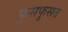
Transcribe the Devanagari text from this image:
फुसफुसत